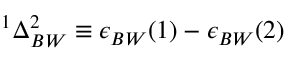
^ { 1 } \Delta _ { B W } ^ { 2 } \equiv \epsilon _ { B W } ( 1 ) - \epsilon _ { B W } ( 2 )